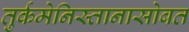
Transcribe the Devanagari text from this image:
तुर्कमेनिस्तानासोबत